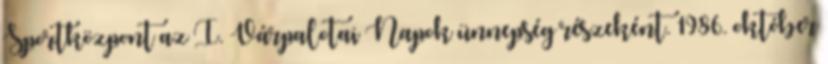
Sportközpont az I. Várpalotai Napok ünnepség részeként. 1986. október